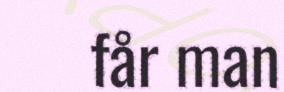
får man